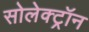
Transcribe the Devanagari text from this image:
सोलेक्ट्रॉन